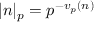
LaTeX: | n | _ { p } = p ^ { - v _ { p } ( n ) }